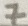
Text: 7